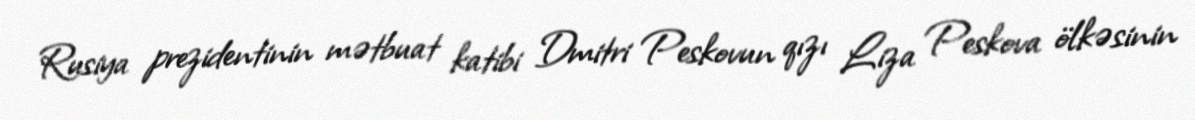
Rusiya prezidentinin mətbuat katibi Dmitri Peskovun qızı Liza Peskova ölkəsinin